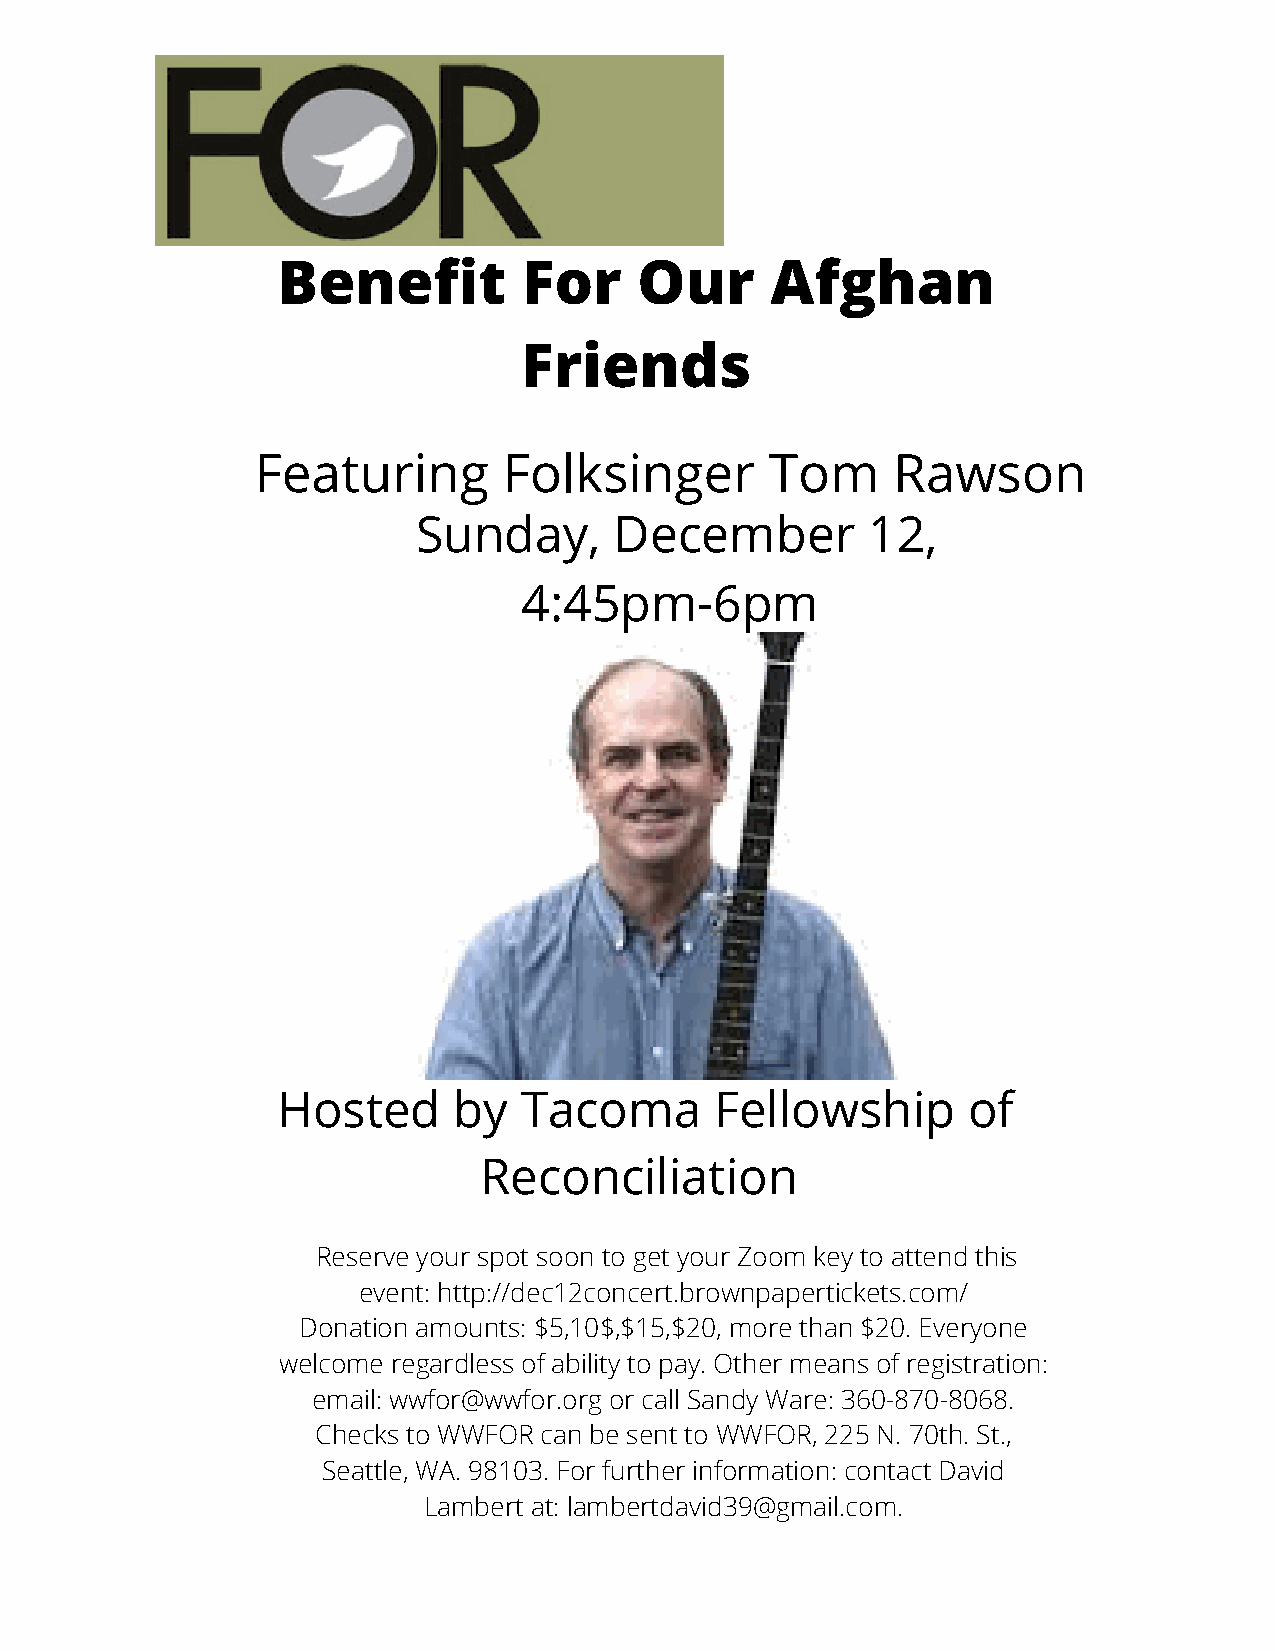
Benefit          For    Our      Afghan
 Friends
 Featuring       Folksinger        Tom     Rawson
 Sunday,      December        12,
 4:45pm-6pm
 Hosted      by  Tacoma       Fellowship       of
 Reconciliation
 Reserve your spot soon to get your Zoom key to attend this
 event: http://dec12concert.brownpapertickets.com/
 Donation amounts: $5,10$,$15,$20, more than $20. Everyone
 welcome regardless of ability to pay. Other means of registration:
 email: wwfor@wwfor.org or call Sandy Ware: 360-870-8068.
 Checks to WWFOR can be sent to WWFOR, 225 N. 70th. St.,
 Seattle, WA. 98103. For further information: contact David
 Lambert at: lambertdavid39@gmail.com.